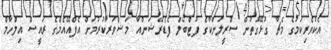
އެކުވެރިކަމުގެ މެޗާ ގުޅޭގޮތުން ސްރީލަންކާގެ ފުޓްބޯލް ފެޑެރޭޝަންއާ މަޝްވަރާކުރުމަށް އެފްއޭއެމްގެ ރައީސް އިލްހާމް